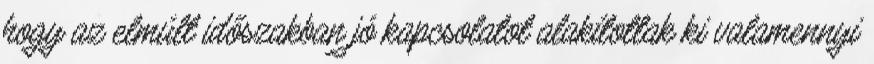
hogy az elmúlt időszakban jó kapcsolatot alakítottak ki valamennyi